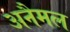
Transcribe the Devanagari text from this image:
अनैमल